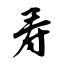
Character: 寿